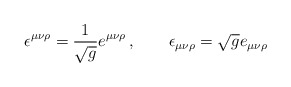
\begin{align*}\epsilon^{\mu\nu\rho}={1 \over \sqrt g} e^{\mu \nu \rho}\,, \qquad\epsilon_{\mu\nu\rho}=\sqrt g e_{\mu \nu \rho}\end{align*}